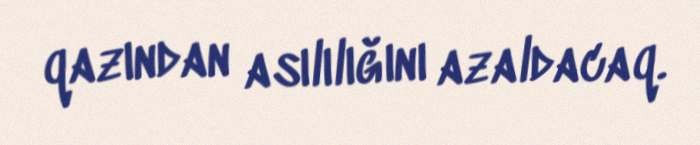
qazından asılılığını azaldacaq.